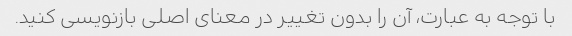
با توجه به عبارت، آن را بدون تغییر در معنای اصلی بازنویسی کنید.